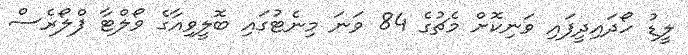
ލީޑު ހޯދައިދީފައި ވަނިކޮށް މެޗުގެ 84 ވަނަ މިނެޓުގައި ބޮލީވިއާގެ ވޯލްޓާ ފްލޯރެސް